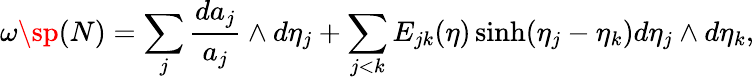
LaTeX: \omega\sp{(N)}=\sum_{j}\frac{da_{j}}{a_{j}}\wedge d\eta_{j}+\sum_{j<k}E_{jk}(\eta)\sinh(\eta_{j}-\eta_{k})d\eta_{j}\wedge d\eta_{k},